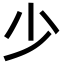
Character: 少